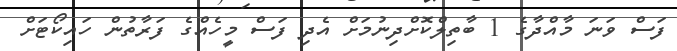
ފަސް ވަނަ މާއްދާގެ 1 ބާތިލްކޮށްދިނުމަށް އެދި ފަސް މީހެއްގެ ފަރާތުން ހައިކޯޓަށް